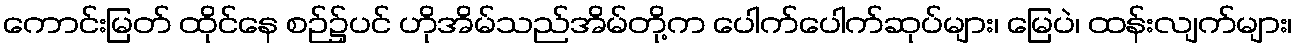
ကောင်းမြတ် ထိုင်နေ စဉ်၌ပင် ဟိုအိမ်သည်အိမ်တို့က ပေါက်ပေါက်ဆုပ်များ၊ မြေပဲ၊ ထန်းလျက်များ၊